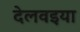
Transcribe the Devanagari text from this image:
देलवइया